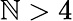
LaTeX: \mathbb{N}>4